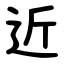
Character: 近